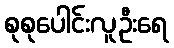
စုစုပေါင်းလူဦးရေ